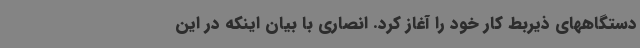
دستگاههای ذیربط کار خود را آغاز کرد. انصاری با بیان اینکه در این